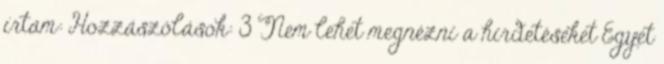
írtam: Hozzászólások: 3 Nem lehet megnézni a hirdetéseket Egyet